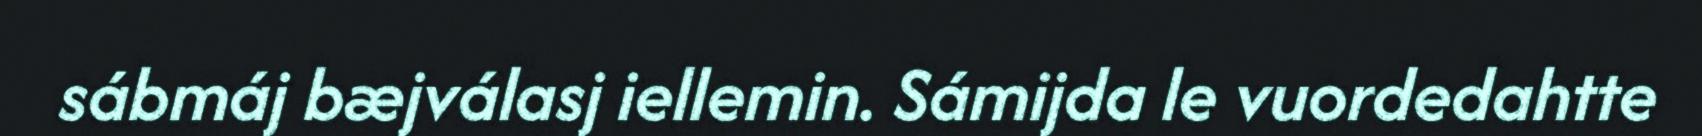
sábmáj bæjválasj iellemin. Sámijda le vuordedahtte